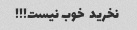
نخرید  خوب نیست!!!